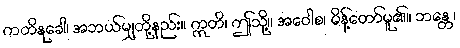
ကတိနုခေါ၊ အဘယ်မျှတို့နည်း။ ဣတိ၊ ဤသို့။ အဝေါစ၊ မိန့်တော်မူ၏။ ဘန္တေ၊